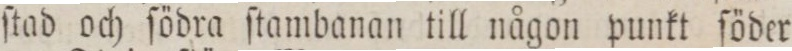
ſtad och ſödra ſtambanan till någon punkt ſöder